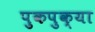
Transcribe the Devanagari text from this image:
पुकपुक्या